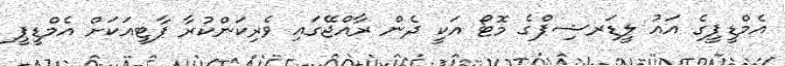
އެމްޑީޕީގެ އައު ލީޑަރޝިޕްގެ މޮޓޯ އަކީ ދެން ރާއްޖޭގައި ވެރިކަންކުރާ ޕާޓީއަކަށް އެމްޑީޕީ